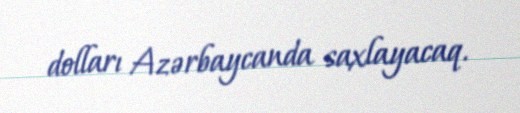
dolları Azərbaycanda saxlayacaq.